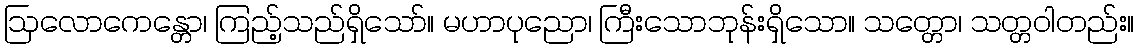
ဩလောကေန္တော၊ ကြည့်သည်ရှိသော်။ မဟာပုညော၊ ကြီးသောဘုန်းရှိသော။ သတ္တော၊ သတ္တဝါတည်း။